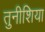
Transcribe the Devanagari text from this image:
तुनीशिया